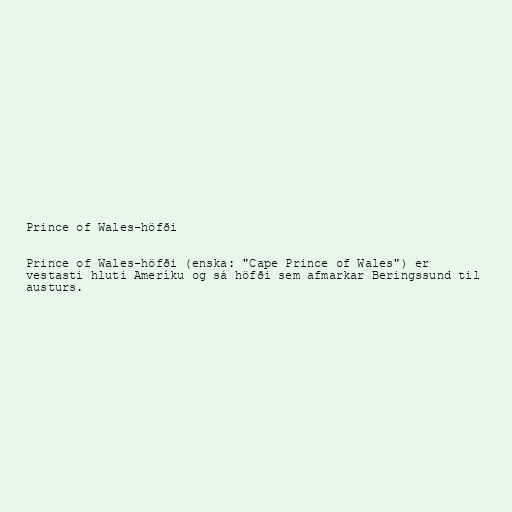
Prince of Wales-höfði

Prince of Wales-höfði (enska: "Cape Prince of Wales") er
vestasti hluti Ameríku og sá höfði sem afmarkar Beringssund til
austurs.